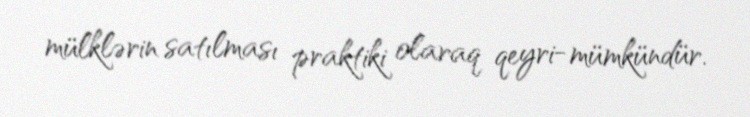
mülklərin satılması praktiki olaraq qeyri-mümkündür.